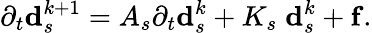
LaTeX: \partial_{t}\mathbf{d}_{s}^{k+1}=A_{s}\partial_{t}\mathbf{d}_{s}^{k}+K_{s}\; \mathbf{d}_{s}^{k}+\mathbf{f}.